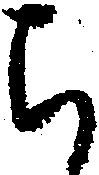
ち